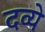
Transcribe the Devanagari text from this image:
दव्ये